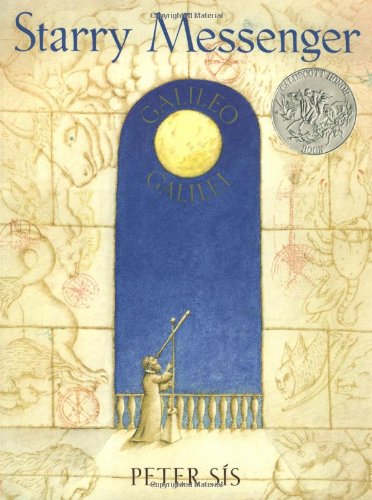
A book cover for Starry Messenger: Galileo Galilei; Peter Sis; Children's Books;